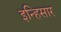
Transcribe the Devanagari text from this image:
इन्हिसार